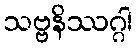
သဗ္ဗနိဿဂ္ဂါ